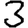
Digit: 3